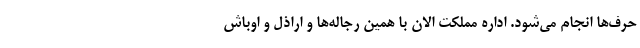
حرف‌ها انجام می‌شود. اداره مملکت الان با همین رجاله‌ها و اراذل و اوباش